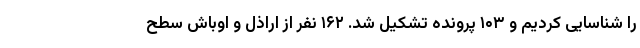
را شناسایی کردیم و ۱۰۳ پرونده تشکیل شد. ۱۶۲ نفر از اراذل و اوباش سطح